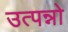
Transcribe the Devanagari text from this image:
उत्पन्नो